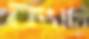
ক্যাথি